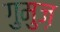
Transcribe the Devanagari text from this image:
गुमुज़